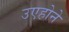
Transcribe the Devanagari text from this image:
उएहोने